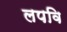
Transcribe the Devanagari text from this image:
लपवि